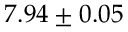
7 . 9 4 \pm 0 . 0 5